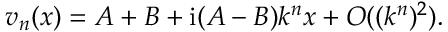
v _ { n } ( x ) = A + B + \mathrm { i } ( A - B ) k ^ { n } x + O ( ( k ^ { n } ) ^ { 2 } ) .